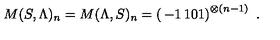
M ( S , \Lambda ) _ { n } = M ( \Lambda , S ) _ { n } = \left( \begin{matrix} { - 1 } & { 1 } \\ { 0 } & { 1 } \\ \end{matrix} \right) ^ { \otimes ( n - 1 ) } \ .